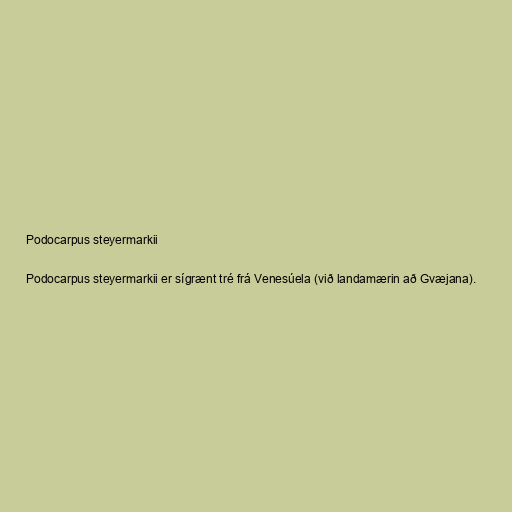
Podocarpus steyermarkii

Podocarpus steyermarkii er sígrænt tré frá Venesúela (við landamærin að Gvæjana).